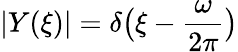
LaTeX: |Y(\xi)|=\delta\big(\xi-\frac{\omega}{2\pi}\big)